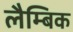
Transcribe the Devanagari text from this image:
लैम्बिक